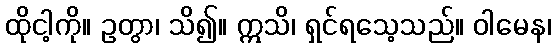
ထိုငါ့ကို။ ဥတွာ၊ သိ၍။ ဣသိ၊ ရှင်ရသေ့သည်။ ဝါမေန၊